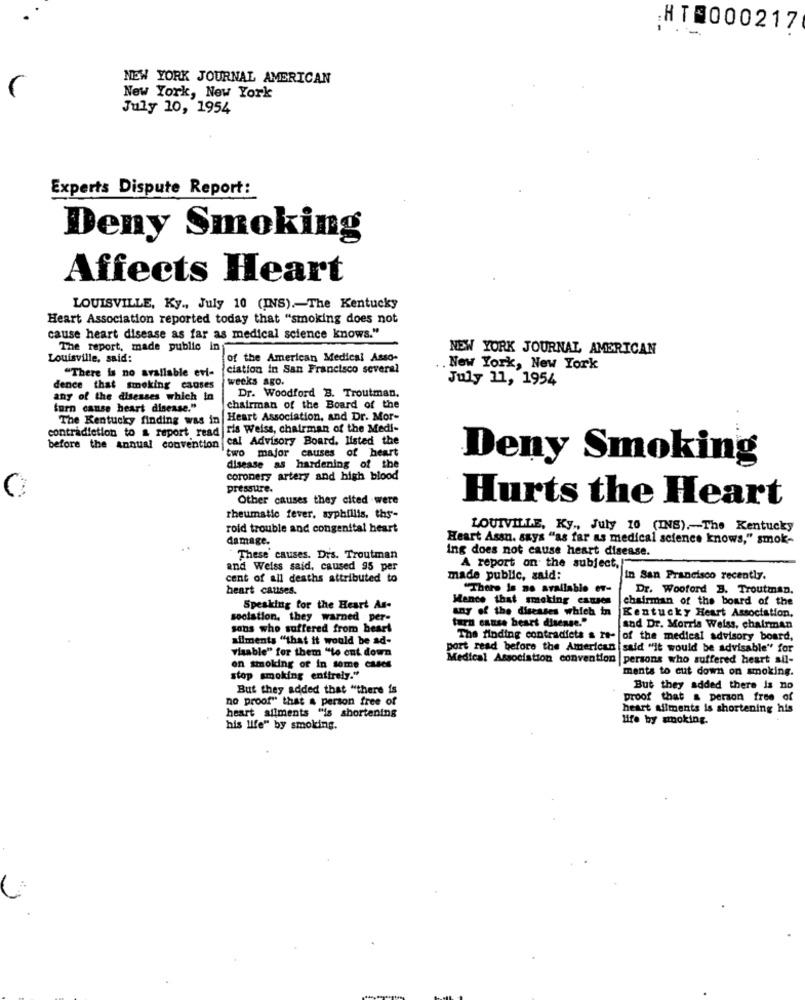
HTE000217
NEW YORK JOURNAL AMERICAN
New York, New York
July 10, 1954
Experts Dispute Report:
Deny Smoking
Affects Heart
LOUISVILLE, Ky ., July 10 (INS) .- The Kentucky
Heart Association reported today that "smoking does not
cause heart disease as far as medical science knows."
The report, made public in
NEW YORK JOURNAL AMERICAN
Louisville, said:
of the American Medical Asso-
"There is no available evi-
ciation in San Francisco several
. New York, New York
weeks ago.
July 11, 1954
dence that smoking causes
any of the disesses which in
Dr. Woodford B. Troutman.
furn cause heart disease."
chairman of the Board of the
The Kentucky finding was in Heart Association, and Dr. Mor-
contradiction to & report read ris Weiss, chairman of the Medi-
cal Advisory Board, listed the
before the annual convention
two major causes of heart
Deny Smoking
disease as hardening of the
coronery artery and high blood
pressure.
Other causes they cited were
Hurts the Heart
rheumatic fever, syphillis, ths-
roid trouble and congenital heart
LOUIVILLE, Ky ,, July 10 (INS) ,- The Kentucky
damage.
Heart Assu. says "as far as medical science knows," smok-
ing does not cause heart disease.
These causes. Drs. Troutman
and Weiss said, caused 95 per
A report on the subject,
cent of all deaths attributed to
made public, said:
In San Prancisco recently.
heart catises.
"There is no available ev-
Dr. Wooford 3. Troutman.
Mence that smoking causes
chairman of the board of the
Speaking for the Heart As-
any of the diseases which in
sociation. they warned per-
turn cause heart disease."
Kentucky Heart Association,
sans who suffered from beart
and Dr. Morris Weiss, chairman
ailments "that it would be ad-
The finding contradicts & rt-
of the medical advisory board,
Visable" for them "to ent down
port read before the American said "it would be advisable" for
Medical Association convention
persons who suffered heart ail-
on smoking of in some cases
ments to cut down on smoking.
stop smoking entirely."
But they added that "there is
But they added there is no
no proof" that a person free of
proof that a person free of
heart aliments is shortening his
heart aliments "is shortening
Hire by smoking.
his life" by smoking.